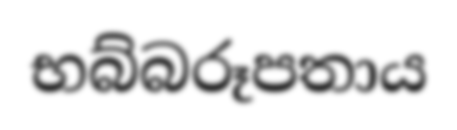
භබ්බරූපතාය